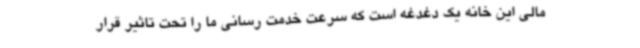
مالی این خانه یک دغدغه است که سرعت خدمت رسانی ما را تحت تاثیر قرار